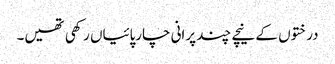
درختوں کے نیچے چند پرانی چارپائیاں رکھی تھیں۔